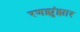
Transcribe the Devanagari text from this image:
रणझुंझार